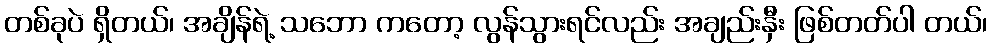
တစ်ခုပဲ ရှိတယ်၊ အချိန်ရဲ့ သဘော ကတော့ လွန်သွားရင်လည်း အချည်းနှီး ဖြစ်တတ်ပါ တယ်၊